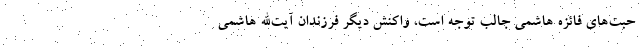
حبت‌های فائزه هاشمی جالب توجه است، واکنش دیگر فرزندان آیت‌الله هاشمی